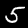
Digit: 5